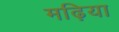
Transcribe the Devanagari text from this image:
मढ़िया